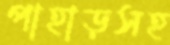
পাহাড়সহ